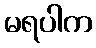
မရပါက